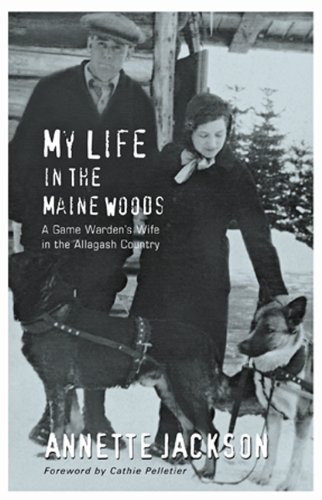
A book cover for My Life in the Maine Woods: A Game Warden's Wife in the Allagash Country; Annette Jackson; Biographies & Memoirs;